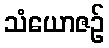
သံယောဇဉ်